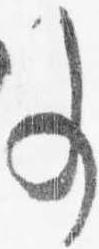
事